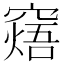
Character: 𥧸